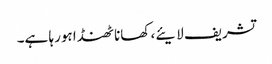
تشریف لایئے، کھانا ٹھنڈا ہورہا ہے۔